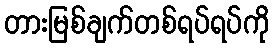
တားမြစ်ချက်တစ်ရပ်ရပ်ကို